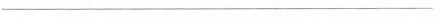
___